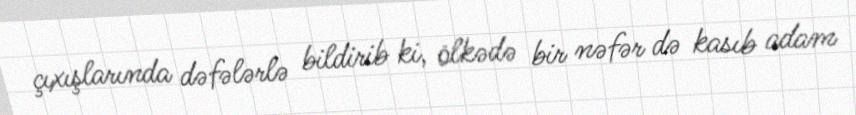
çıxışlarında dəfələrlə bildirib ki, ölkədə bir nəfər də kasıb adam